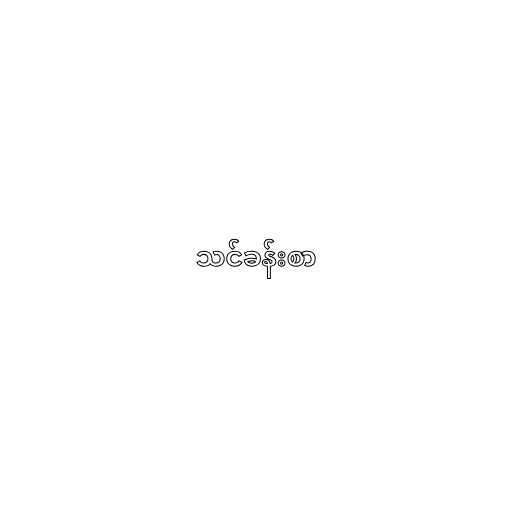
သင်ခန်းစာ